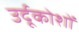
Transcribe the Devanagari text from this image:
उर्दूकोशों